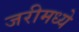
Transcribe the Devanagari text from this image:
जरीमध्ये